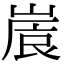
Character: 𡺒